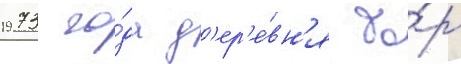
1973 го́да д'ер'е́вн'я бо́р